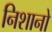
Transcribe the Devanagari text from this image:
निशानो